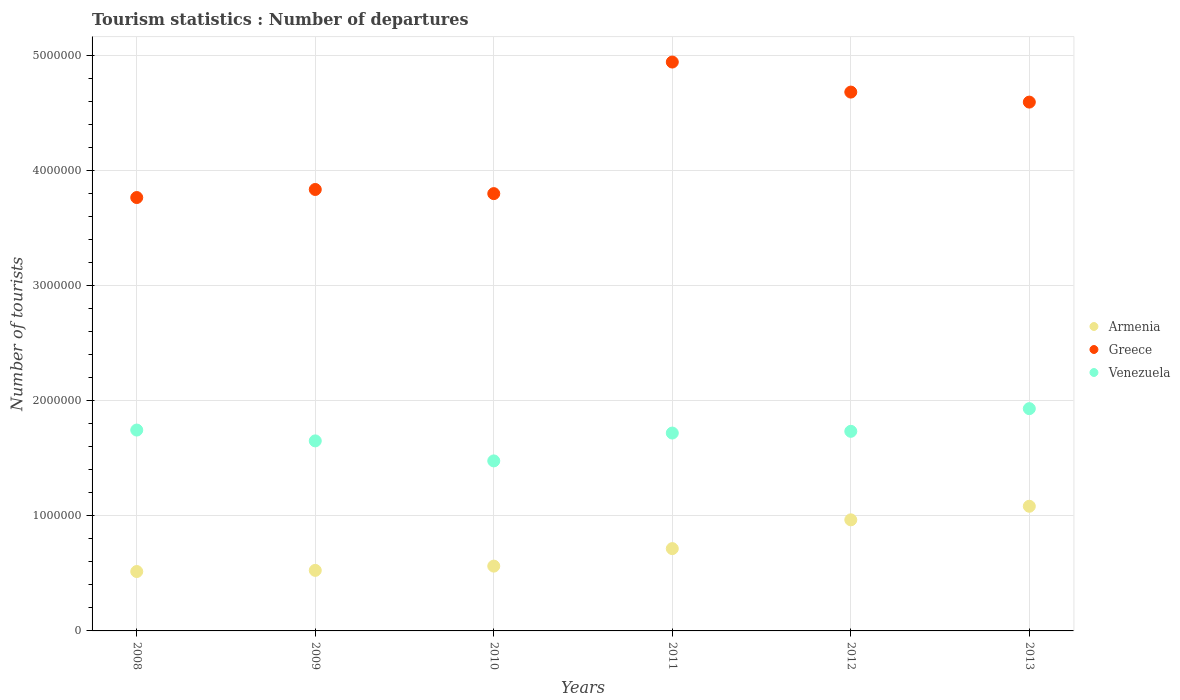
| Years | Armenia | Greece | Venezuela |
 | --- | --- | --- | --- |
 | 2008 | 5.16e+05 | 3.76e+06 | 1.74e+06 |
 | 2009 | 5.26e+05 | 3.84e+06 | 1.65e+06 |
 | 2010 | 5.63e+05 | 3.8e+06 | 1.48e+06 |
 | 2011 | 7.15e+05 | 4.94e+06 | 1.72e+06 |
 | 2012 | 9.65e+05 | 4.68e+06 | 1.73e+06 |
 | 2013 | 1.08e+06 | 4.59e+06 | 1.93e+06 |